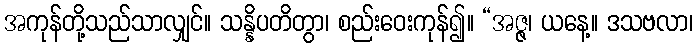
အကုန်တို့သည်သာလျှင်။ သန္နိပတိတွာ၊ စည်းဝေးကုန်၍။ “အဇ္ဇ၊ ယနေ့။ ဒသဗလာ၊